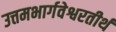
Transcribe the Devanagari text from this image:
उत्तमभार्गवेश्वरतीर्थ